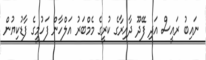
ނައިބު ރައީސް އަދި ފޭދޫ ދާއިރާގެ ކުރީގެ މެމްބަރު އަލްހާން ފަހުމީގެ ފާޑުކިޔުން